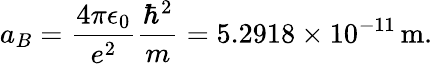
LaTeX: a_{B}=\frac{4\pi\epsilon_{0}}{e^{2}}\frac{\hbar^{2}}{m}=5.2918\times 10^{-11}\, \mathrm{m}.